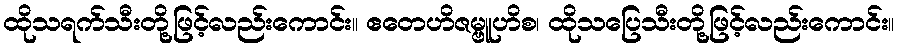
ထိုသရက်သီးတို့ဖြင့်လည်းကောင်း။ ဧတေဟိဇမ္ဗူဟိစ၊ ထိုသပြေသီးတို့ဖြင့်လည်းကောင်း။